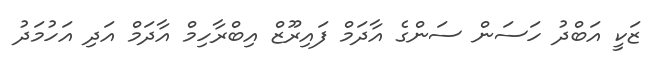
ޒަކީ އަބްދު ހަސަން ސަންގެ އާދަމް ފައިރޫޒް އިބްރާހިމް އާދަމް އަދި އަހުމަދު